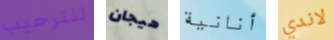
للترحيب هيجان أنانية لاندي